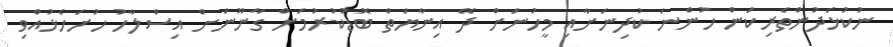
ނުކުޅެދުންތެރިކަން ހުންނަ ކުދިނަށާއި މީހުނަށް ދޭ އިނާޔަތް ބޮޑުކުރުމަށް ގާނޫނަށް އިސްލާހު ހުށަހެޅުއްވި